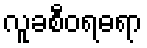
လူခစီဝရဓရာ